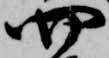
四